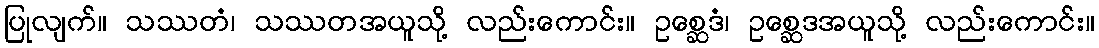
ပြုလျက်။ သဿတံ၊ သဿတအယူသို့ လည်းကောင်း။ ဥစ္ဆေဒံ၊ ဥစ္ဆေဒအယူသို့ လည်းကောင်း။